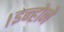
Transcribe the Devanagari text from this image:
।इन्होने